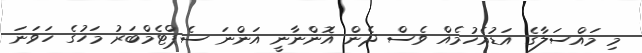
މި މައްސަލާގެ އަޑުއެހުމެއް ވެސް ދެން އަޮންނާނީ އަންނަ ސެޕްޓެމްބަރު މަހުގެ ހަވަނަ